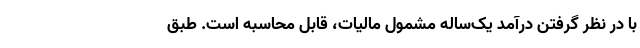
با در نظر گرفتن درآمد یک‌ساله مشمولِ مالیات، قابل محاسبه است. طبق